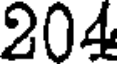
204